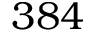
3 8 4